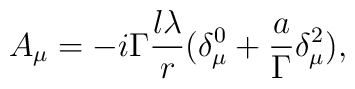
A_\mu =-i \Gamma \frac{l \lambda }r(\delta _\mu ^0+\frac a\Gamma\delta _\mu ^2),